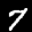
Label: 7